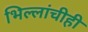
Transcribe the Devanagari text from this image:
भिल्लांचीही